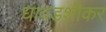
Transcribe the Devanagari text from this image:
धावडशीकर